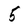
Character: 5